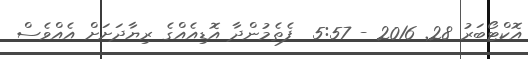
އޮކްޓޯބަރު 28